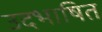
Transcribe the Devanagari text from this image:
उदभाषित